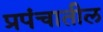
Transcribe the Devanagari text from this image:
प्रपंचातील